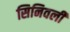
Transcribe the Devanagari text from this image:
सिनिवली